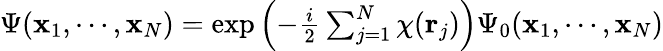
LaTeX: \begin{array}{r}{\Psi({\mathbf x}_{1},\cdots,{\mathbf x}_{N})=\exp\left(-{\frac{i}{2}}\sum_{j=1}^{N}\chi({\mathbf r}_{j})\right)\Psi_{0}({\mathbf x}_{1},\cdots,{\mathbf x}_{N})}\end{array}